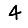
Digit: 4